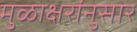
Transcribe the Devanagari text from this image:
मुळाक्षरांनुसार